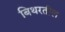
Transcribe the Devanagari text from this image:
बिथरतील